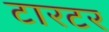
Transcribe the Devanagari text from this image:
टारटर